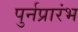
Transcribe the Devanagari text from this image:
पुर्नप्रारंभ